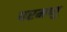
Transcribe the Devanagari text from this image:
परमणु